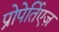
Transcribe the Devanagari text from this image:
प्रोपेर्तिएज़